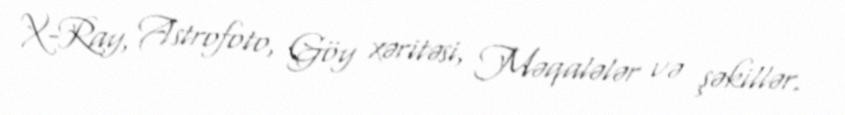
X-Ray, Astrofoto, Göy xəritəsi, Məqalələr və şəkillər.